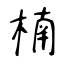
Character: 楠